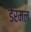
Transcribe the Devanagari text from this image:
डेरमल